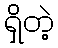
ရှိတဲ့